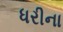
ધરીના